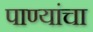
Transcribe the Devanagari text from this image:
पाण्यांचा